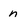
Character: n